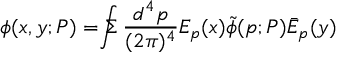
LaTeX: \phi ( x , y ; P ) = \Sigma \! \! \! \! \! \! \int \frac { d ^ { 4 } p } { ( 2 \pi ) ^ { 4 } } E _ { p } ( x ) \tilde { \phi } ( p ; P ) \bar { E } _ { p } ( y )